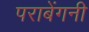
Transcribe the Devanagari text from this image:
पराबेंगनी